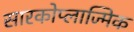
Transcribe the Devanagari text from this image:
सारकोप्लाज्मिक